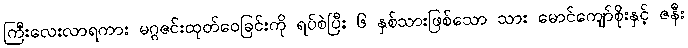
ကြီးလေးလာရကား မဂ္ဂဇင်းထုတ်ဝေခြင်းကို ရပ်စဲပြီး ၆ နှစ်သားဖြစ်သော သား မောင်ကျော်စိုးနှင့် ဇနီး